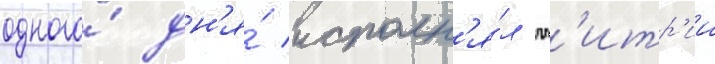
одного́ дн'я́ исполн'я́л дм'итр'ии